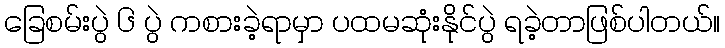
ခြေစမ်းပွဲ ၆ ပွဲ ကစားခဲ့ရာမှာ ပထမဆုံးနိုင်ပွဲ ရခဲ့တာဖြစ်ပါတယ်။